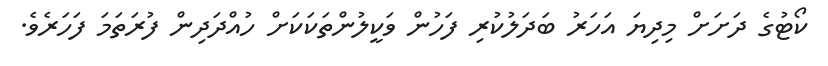
ކޯޓުގެ ދަށަށް މިދިޔަ އަހަރު ބަދަލުކުރި ފަހުން ވަކީލުންތަކަކަށް ހުއްދަދިން ފުރަތަމަ ފަހަރެވެ.